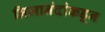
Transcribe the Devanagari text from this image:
निजानंदांकडून